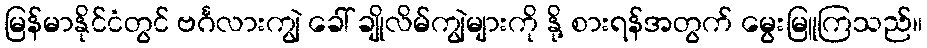
မြန်မာနိုင်ငံတွင် ဗင်္ဂလားကျွဲ ခေါ် ချိုလိမ်ကျွဲများကို နို့ စားရန်အတွက် မွေးမြူကြသည်။